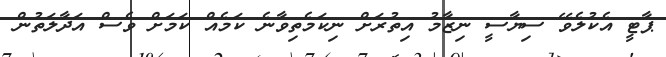
ޕާޓީ އެކުލެވޭ ސިޔާސީ ނިޒާމު އިތުރަށް ނިކަމެތިވާނެ ކަމެއް ކަމަށް ވެސް އަދާލަތުން